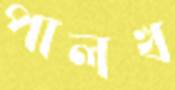
পালখ